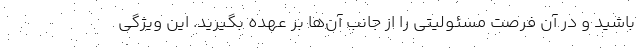
باشید و در آن فرصت مسئولیتی را از جانب آن‌ها بر عهده بگیرید. این ویژگی